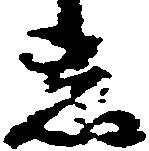
者